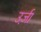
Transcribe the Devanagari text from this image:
उर्जा़